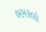
ભમરલો